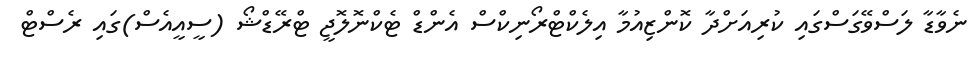
ނެވާޑާ ލަސްވޭގަސްގައި ކުރިއަށްދާ ކޮންޒިއުމާ އިލެކްޓްރޯނިކްސް އެންޑް ޓެކްނޮލޮޖީ ޓްރޭޑްޝޯ (ސީއީއެސް)ގައި ރެސްޓް